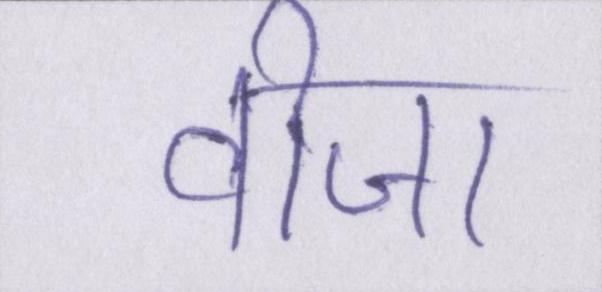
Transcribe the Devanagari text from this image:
वीजा